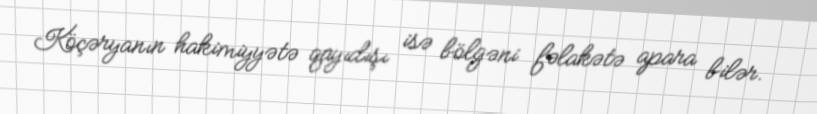
Köçəryanın hakimiyyətə qayıdışı isə bölgəni fəlakətə apara bilər.